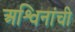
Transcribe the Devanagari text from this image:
अश्विनांची